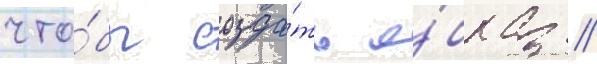
что́бы созда́ть о́браз /